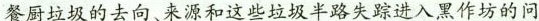
餐厨垃圾的去向、来源和这些垃圾半路失踪进入黑作坊的问